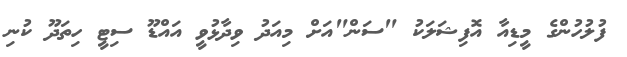
ފުލުހުންގެ މީޑިއާ އޮފިޝަލަކު "ސަން"އަށް މިއަދު ވިދާޅުވީ އައްޑޫ ސިޓީ ހިތަދޫ ކުނި